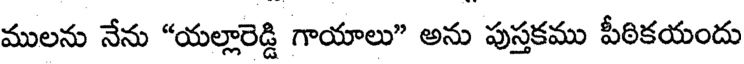
ములను నేను "యల్లారెడ్డి గాయాలు" అను పుస్తకము పీఠికయందు